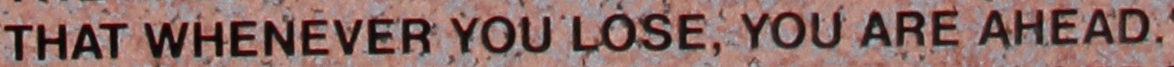
THAT WHENEVER YOU LOSE, YOU ARE AHEAD.